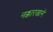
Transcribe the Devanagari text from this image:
नक्कारखाने